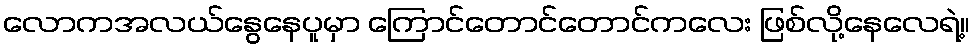
လောကအလယ်နွေနေပူမှာ ကြောင်တောင်တောင်ကလေး ဖြစ်လို့နေလေရဲ့။